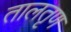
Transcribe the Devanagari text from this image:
तालतृण